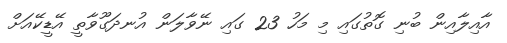
އާއިލާއިން ބުނި ގޮތުގައި މި މަހު 23 ގައި ނޭވާލަން އުނދަގޫވާތީ އޭޑީކޭއަށް